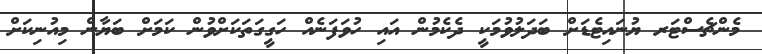
މެންޗެސްޓަރ ޔުނައިޓެޑަށް ބަދަލުވުމަކީ ދެކެމުން އައި ހުވަފަނެއް ހަގީގަތަކަށްވުން ކަމަށް ބަޔާން މިއުނިކަށް